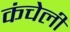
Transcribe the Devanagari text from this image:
कंचेली